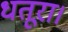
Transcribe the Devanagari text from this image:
धतूरा।